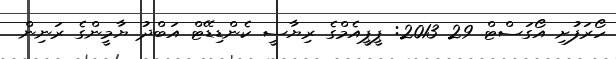
ހޯރަފުށި އޯގަސްޓް 29 2013: ޕީޕީއެމްގެ ރިޔާސީ ކެންޑިޑޭޓް އަބްދު ޔާމީންގެ ރަނިން